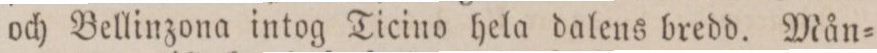
och Bellinzona intog Ticino hela dalens bredd. Mån=